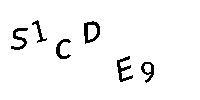
S1CDE9